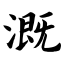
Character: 溉